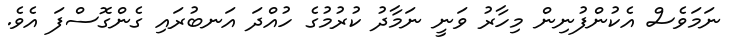
ނަމަވެސް އެކުންފުނިން މިހާރު ވަނީ ނަމާދު ކުރުމުގެ ހުއްދަ އަނބުރައި ގެންގޮސްފަ އެވެ.